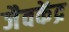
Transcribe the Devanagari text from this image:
जैवकेंद्र